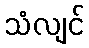
သံလျင်